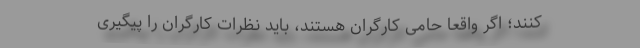
کنند؛ اگر واقعاً حامی کارگران هستند، باید نظرات کارگران را پیگیری